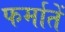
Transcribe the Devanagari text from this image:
फर्मातें